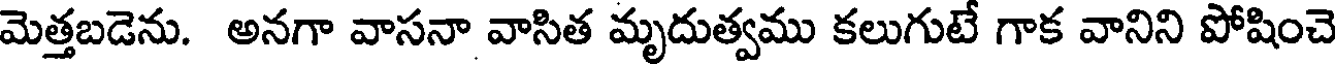
మెత్తబడెను. అనగా వాసనా వాసిత మృదుత్వము కలుగుటే గాక వానిని పోషించె